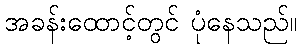
အခန်းထောင့်တွင် ပုံနေသည်။